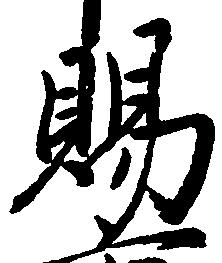
賜